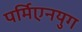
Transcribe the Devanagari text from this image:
पर्मिएनयुग